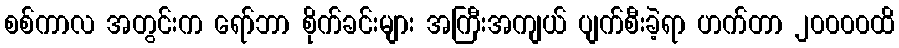
စစ်ကာလ အတွင်းက ရော်ဘာ စိုက်ခင်းများ အကြီးအကျယ် ပျက်စီးခဲ့ရာ ဟက်တာ ၂၀၀၀၀ထိ